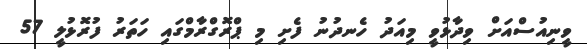
ވީނިއުސްއަށް ވިދާޅުވީ މިއަދު ހެނދުނު ފެށި މި ޕްރޮގްރާމްގައި ހަތަރު ފުރޮޅުލީ 57